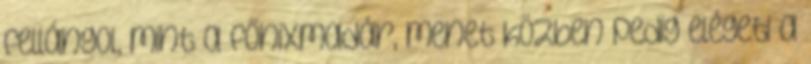
fellángol, mint a főnixmadár, menet közben pedig elégeti a